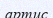
артис